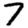
Digit: 7